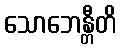
သောဘေန္တီတိ